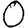
Digit: 0